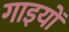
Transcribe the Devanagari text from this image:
गाइयों